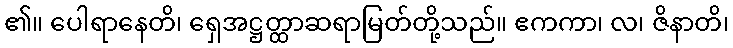
၏။ ပေါရာနေတိ၊ ရှေအဋ္ဌတ္ထာဆရာမြတ်တို့သည်။ ဧကကာ၊ လ၊ ဇိနာတိ၊